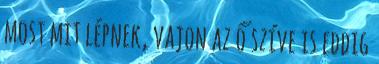
most mit lépnek, vajon az ő szíve is eddig